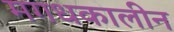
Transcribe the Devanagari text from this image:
मगधकालीन